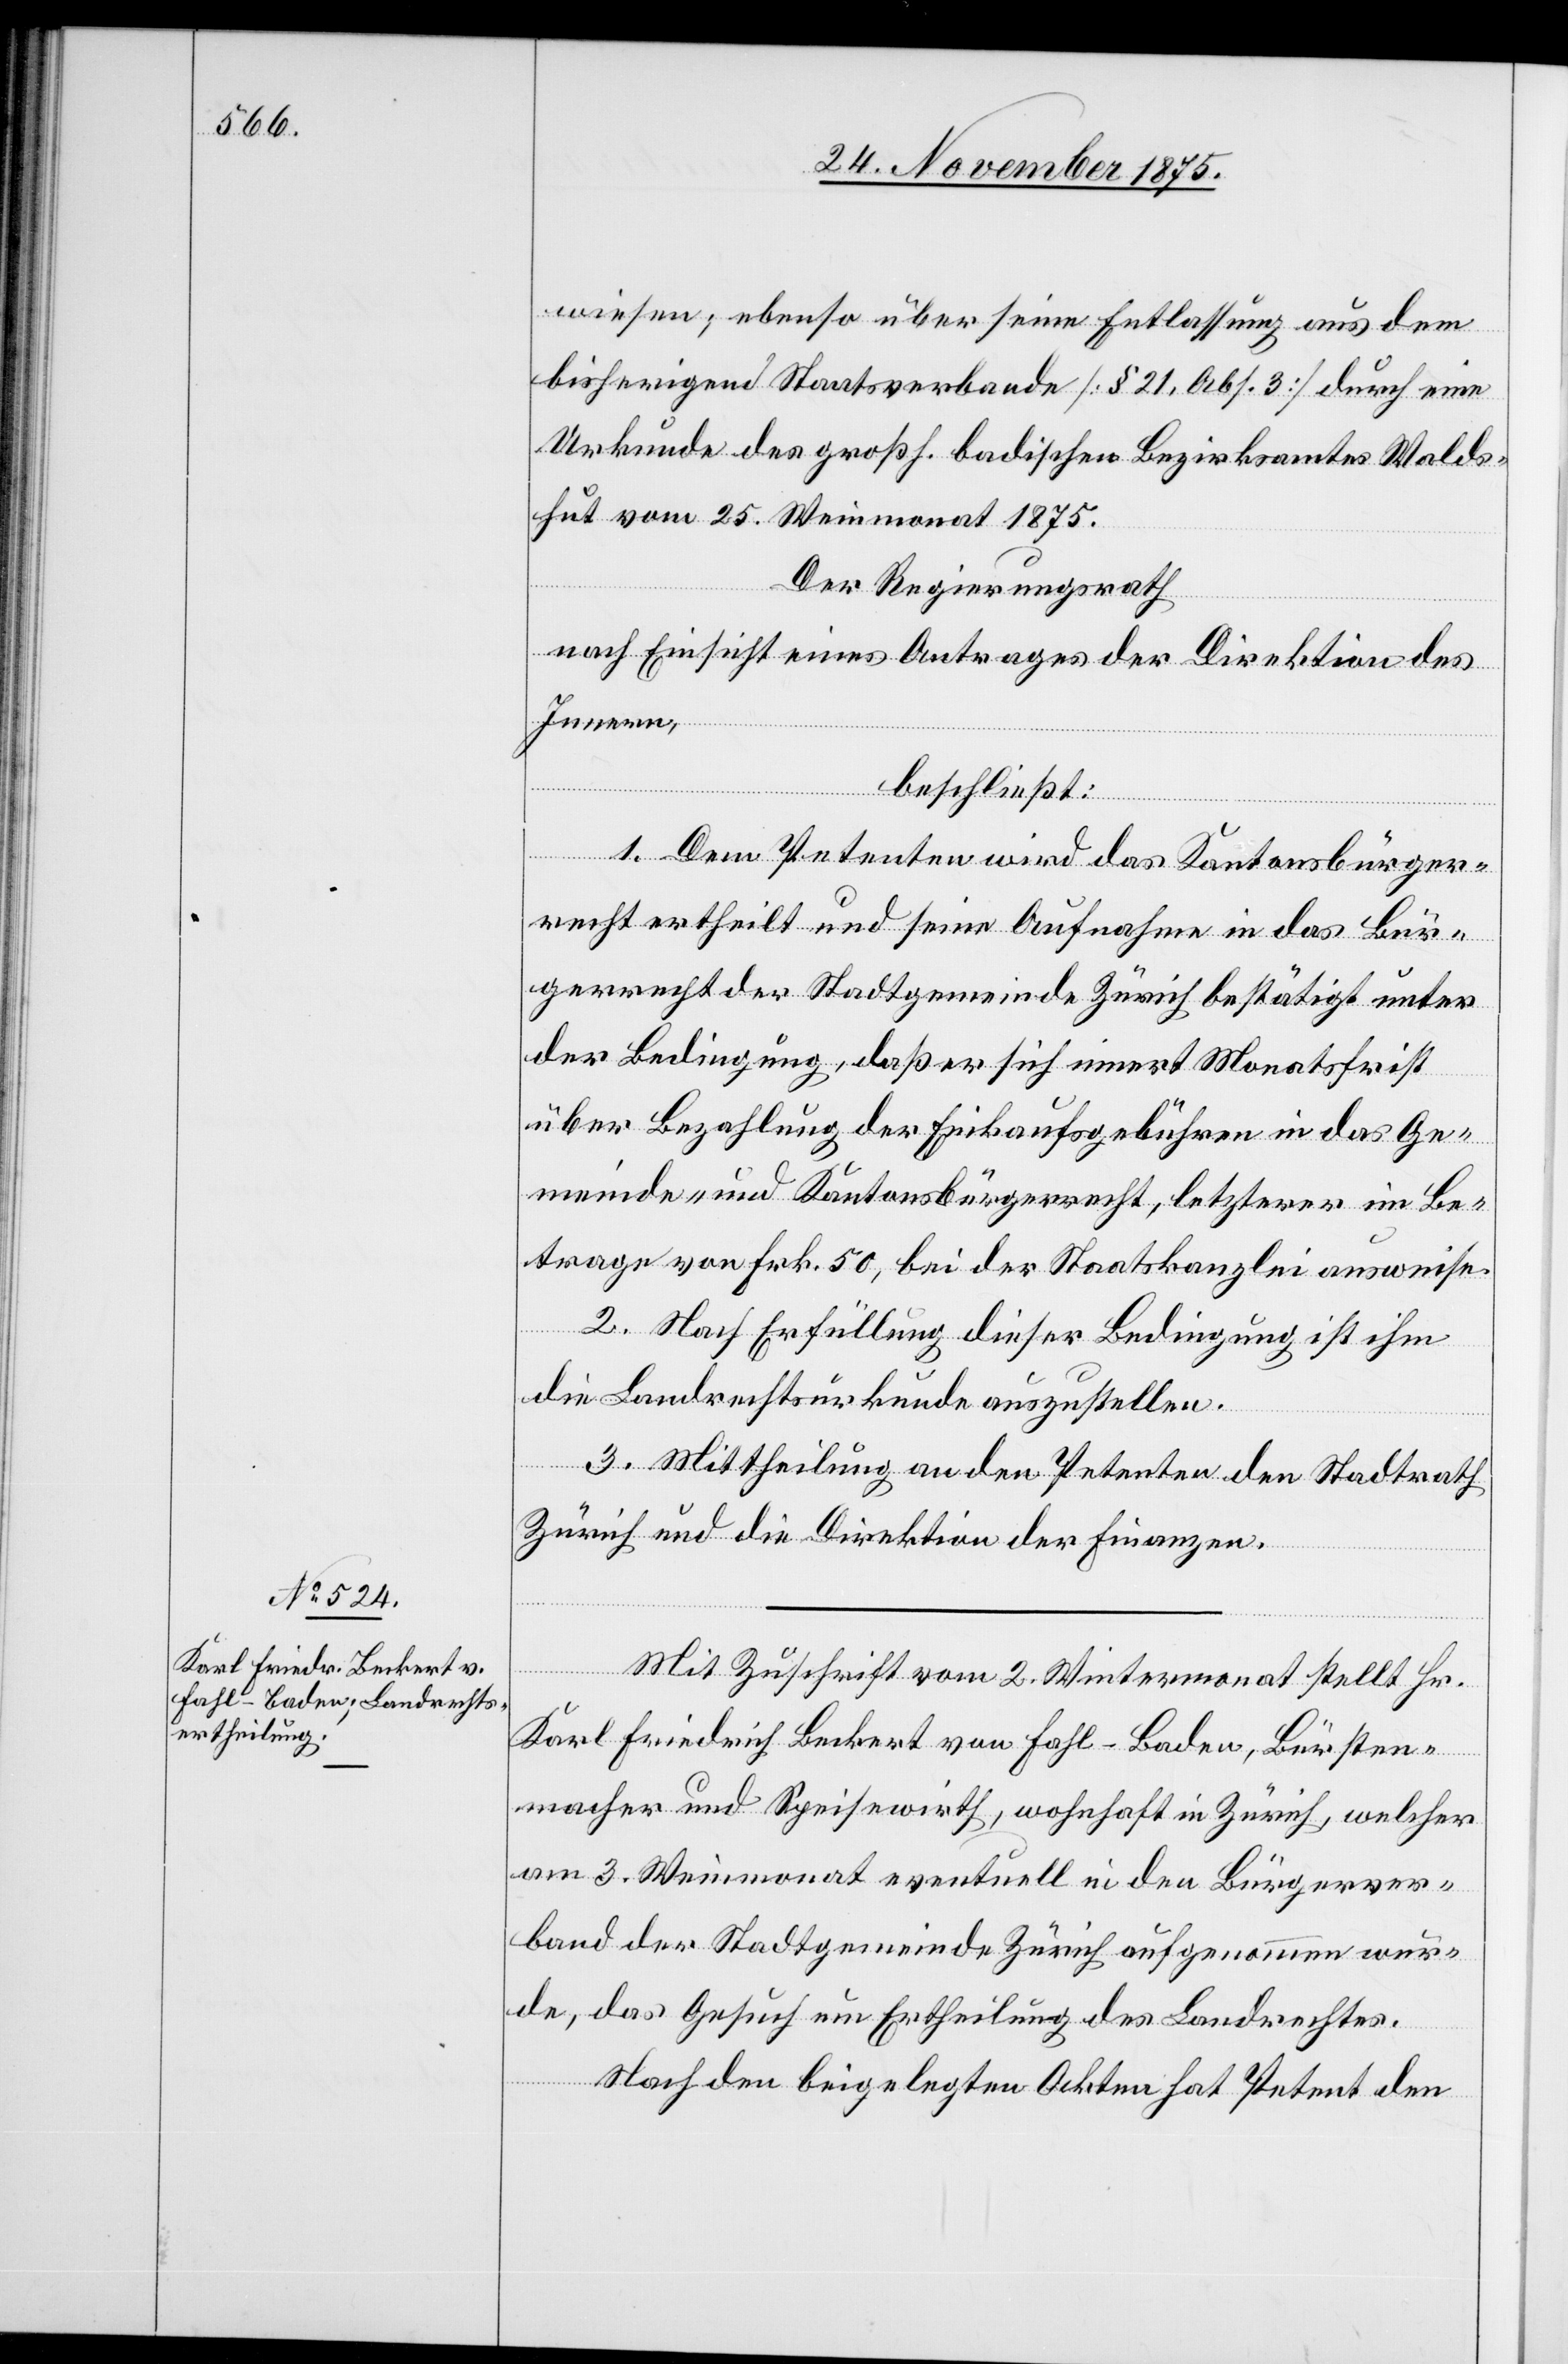
Mit Zuschrift vom 2. Wintermonat stellt Hr.
Karl Friedrich Beckert von Fahl - Baden, Bürsten¬
macher und Speisewirth, wohnhaft in Zürich, welcher
am 3. Weinmonat eventuell in den Bürgerver¬
band der Stadtgemeinde Zürich aufgenommen wur¬
de, das Gesuch um Ertheilung des Landrechtes.
Nach den beigelegten Akten hat Petent den